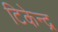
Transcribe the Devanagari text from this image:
टिकेन्द्र